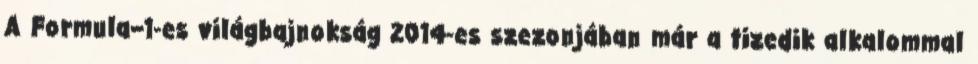
A Formula–1-es világbajnokság 2014-es szezonjában már a tizedik alkalommal